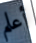
أعلم